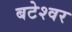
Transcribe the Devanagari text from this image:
बटेश्‍वर